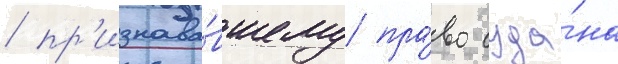
/ пр'изнава́вшему пра́во суда́на